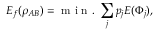
E _ { f } ( \rho _ { A B } ) = \mathrm { ~ m ~ i ~ n ~ . ~ } \sum _ { j } p _ { j } E ( \Phi _ { j } ) ,